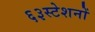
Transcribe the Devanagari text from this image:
६३स्टेशनों